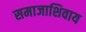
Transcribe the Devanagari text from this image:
समाजाशिवाय